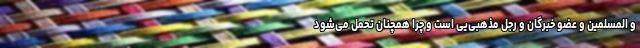
و المسلمین و عضو خبرگان و رجل مذهبی‌یی است و چرا همچنان تحمل می‌شود